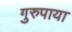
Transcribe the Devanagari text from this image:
गुरुपाया